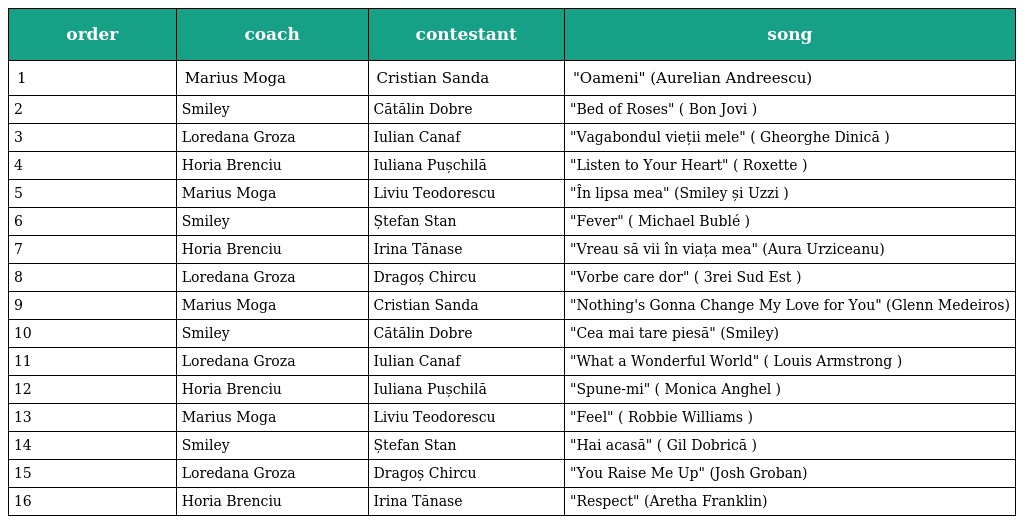
| order | coach | contestant | song |
 | --- | --- | --- | --- |
 | 1 | Marius Moga | Cristian Sanda | "Oameni" (Aurelian Andreescu) |
 | 2 | Smiley | Cătălin Dobre | "Bed of Roses" ( Bon Jovi ) |
 | 3 | Loredana Groza | Iulian Canaf | "Vagabondul vieții mele" ( Gheorghe Dinică ) |
 | 4 | Horia Brenciu | Iuliana Pușchilă | "Listen to Your Heart" ( Roxette ) |
 | 5 | Marius Moga | Liviu Teodorescu | "În lipsa mea" (Smiley și Uzzi ) |
 | 6 | Smiley | Ștefan Stan | "Fever" ( Michael Bublé ) |
 | 7 | Horia Brenciu | Irina Tănase | "Vreau să vii în viața mea" (Aura Urziceanu) |
 | 8 | Loredana Groza | Dragoș Chircu | "Vorbe care dor" ( 3rei Sud Est ) |
 | 9 | Marius Moga | Cristian Sanda | "Nothing's Gonna Change My Love for You" (Glenn Medeiros) |
 | 10 | Smiley | Cătălin Dobre | "Cea mai tare piesă" (Smiley) |
 | 11 | Loredana Groza | Iulian Canaf | "What a Wonderful World" ( Louis Armstrong ) |
 | 12 | Horia Brenciu | Iuliana Pușchilă | "Spune-mi" ( Monica Anghel ) |
 | 13 | Marius Moga | Liviu Teodorescu | "Feel" ( Robbie Williams ) |
 | 14 | Smiley | Ștefan Stan | "Hai acasă" ( Gil Dobrică ) |
 | 15 | Loredana Groza | Dragoș Chircu | "You Raise Me Up" (Josh Groban) |
 | 16 | Horia Brenciu | Irina Tănase | "Respect" (Aretha Franklin) |